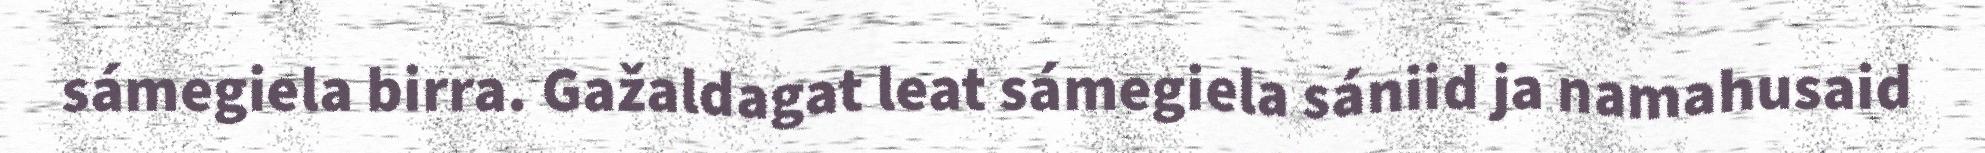
sámegiela birra. Gažaldagat leat sámegiela sániid ja namahusaid